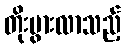
တိုးပွားလာသည့်